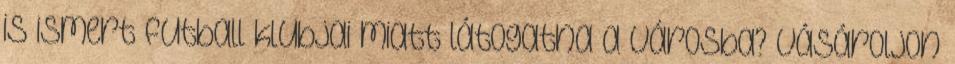
is ismert futball klubjai miatt látogatna a városba? Vásároljon